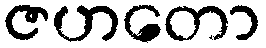
ဇဟတော